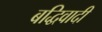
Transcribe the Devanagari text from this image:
बद्धिवादी